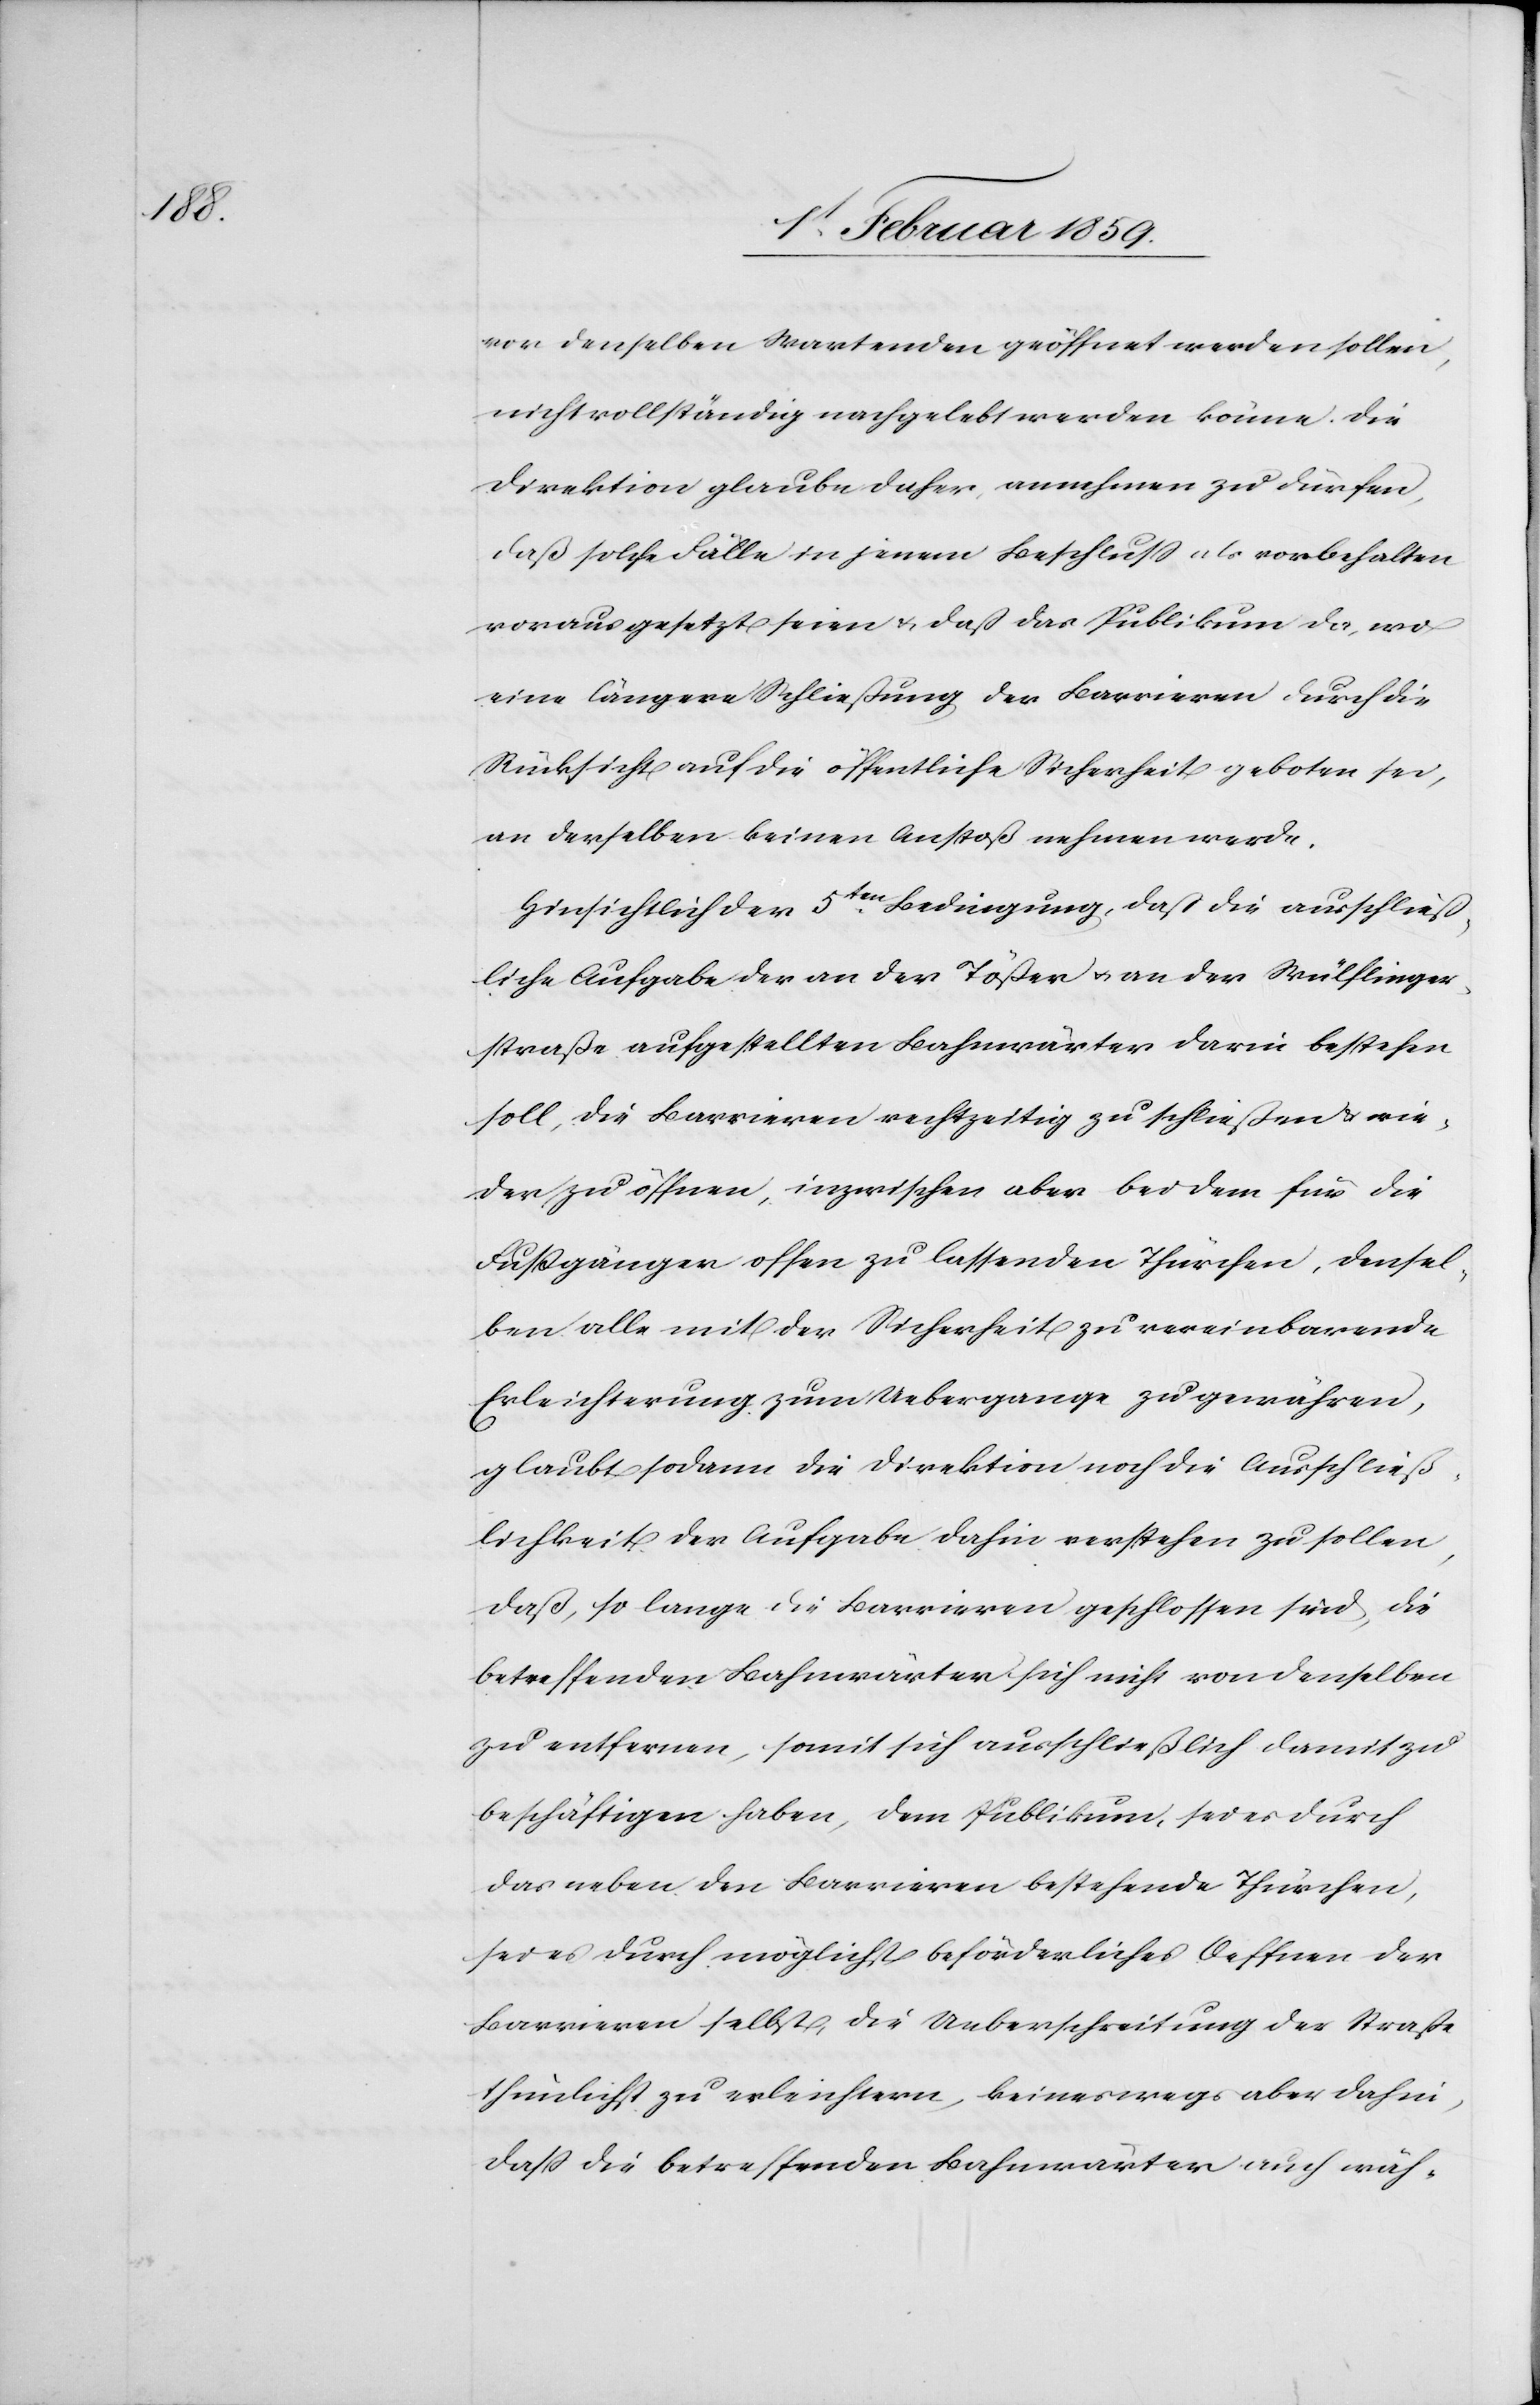
vor denselben Wartenden geöffnet werden sollen,
nicht vollständig nachgelebt werden könne. Die
Direktion glaube daher, annehmen zu dürfen,
daß solche Fälle in jenem Beschluß als vorbehalten
voraus gesetzt seien & daß das Publikum da, wo
eine längere Schließung der Barrieren durch die
Rücksicht auf die öffentliche Sicherheit geboten sei,
an derselben keinen Anstoß nehmen werde.
Hinsichtlich der 5ten. Bedingung, daß die ausschließ¬
liche Aufgabe der an der Tößer u. an der Wülflinger¬
straße aufgestellten Bahnwärter darin bestehen
soll, die Barrieren rechtszeitig zu schließen u. wie¬
der zu öffnen, inzwischen aber bei dem für die
Fußgänger offen zu lassenden Thürchen, densel¬
ben alle mit der Sicherheit zu vereinbarende
Erleichterung zum Uebergange zu gewähren,
glaubt sodann die Direktion noch die Ausschließ¬
lichkeit der Aufgabe dahin verstehen zu sollen,
daß so lange die Barrieren geschlossen sind, die
betreffenden Bahnwärter sich nicht von denselben
zu entfernen, somit sich ausschließlich damit zu
beschäftigen haben, dem Publikum, sei es durch
das neben den Barrieren bestehende Thürchen,
sei es durch möglichst beförderliches Oeffnen der
Barrieren selbst, die Ueberschreitung der Straße
thunlichst zu erleichtern, keineswegs aber dahin,
daß die betreffenden Bahnwärter auch wäh-